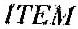
ITEM